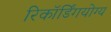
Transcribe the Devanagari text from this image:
रिकॉर्डिंगयोग्य